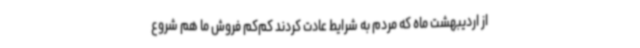
از اردیبهشت ماه که مردم به شرایط عادت کردند کم‌کم فروش ما هم شروع